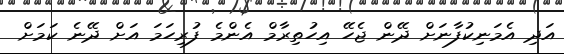
އަދި އެމަނިކުފާނަށް ދޭން ޖެހޭ އިހުތިރާމް އެންމެ ފުރިހަމަ އަށް ދޭނެ ކަމަށް